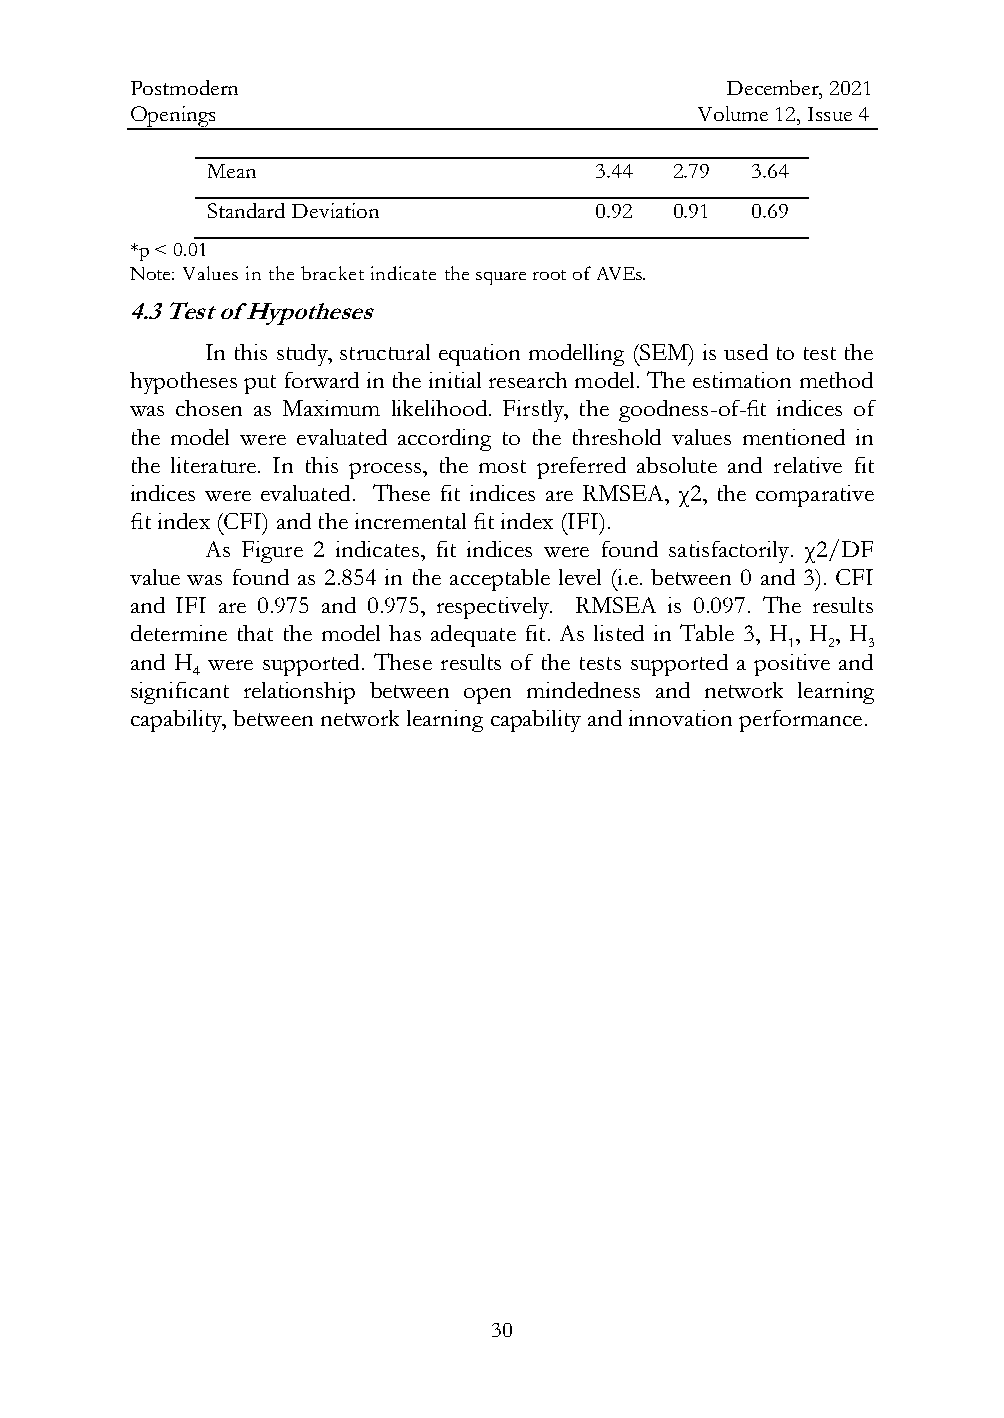
Postmodern                             December, 2021
 Openings                             Volume 12, Issue 4
 Mean                     3.44  2.79 3.64
 Standard Deviation       0.92  0.91 0.69
 *p < 0.01
 Note: Values in the bracket indicate the square root of AVEs.
 4.3 Test of Hypotheses
 In this study, structural equation modelling (SEM) is used to test the
 hypotheses put forward in the initial research model. The estimation method
 was chosen as Maximum likelihood. Firstly, the goodness-of-fit indices of
 the model were evaluated according to the threshold values mentioned in
 the literature. In this process, the most preferred absolute and relative fit
 indices were evaluated. These fit indices are RMSEA, χ2, the comparative
 fit index (CFI) and the incremental fit index (IFI).
 As Figure 2 indicates, fit indices were found satisfactorily. χ2/DF
 value was found as 2.854 in the acceptable level (i.e. between 0 and 3). CFI
 and IFI are 0.975 and 0.975, respectively. RMSEA is 0.097. The results
 determine that the model has adequate fit. As listed in Table 3, H , H , H
 1  2 3
 and H were supported. These results of the tests supported a positive and
 4
 significant relationship between open mindedness and network learning
 capability, between network learning capability and innovation performance.
 30